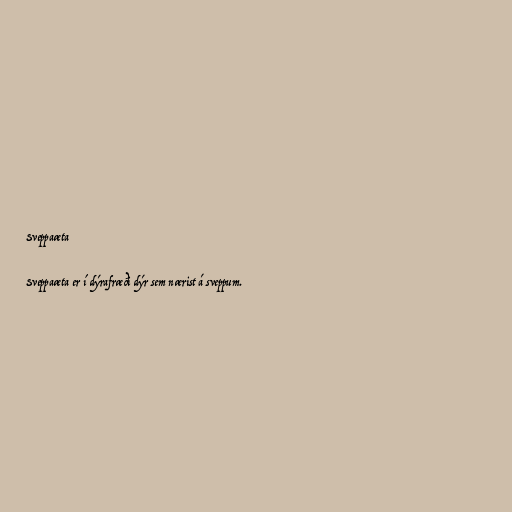
Sveppaæta

Sveppaæta er í dýrafræði dýr sem nærist á sveppum.